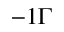
- 1 \Gamma